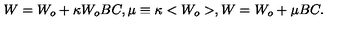
W = W _ { o } + \kappa W _ { o } B C , \mu \equiv \kappa < W _ { o } > , W = W _ { o } + \mu B C .